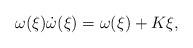
LaTeX: \begin{align*}\omega(\xi)\dot\omega(\xi)=\omega(\xi)+K\xi ,\end{align*}